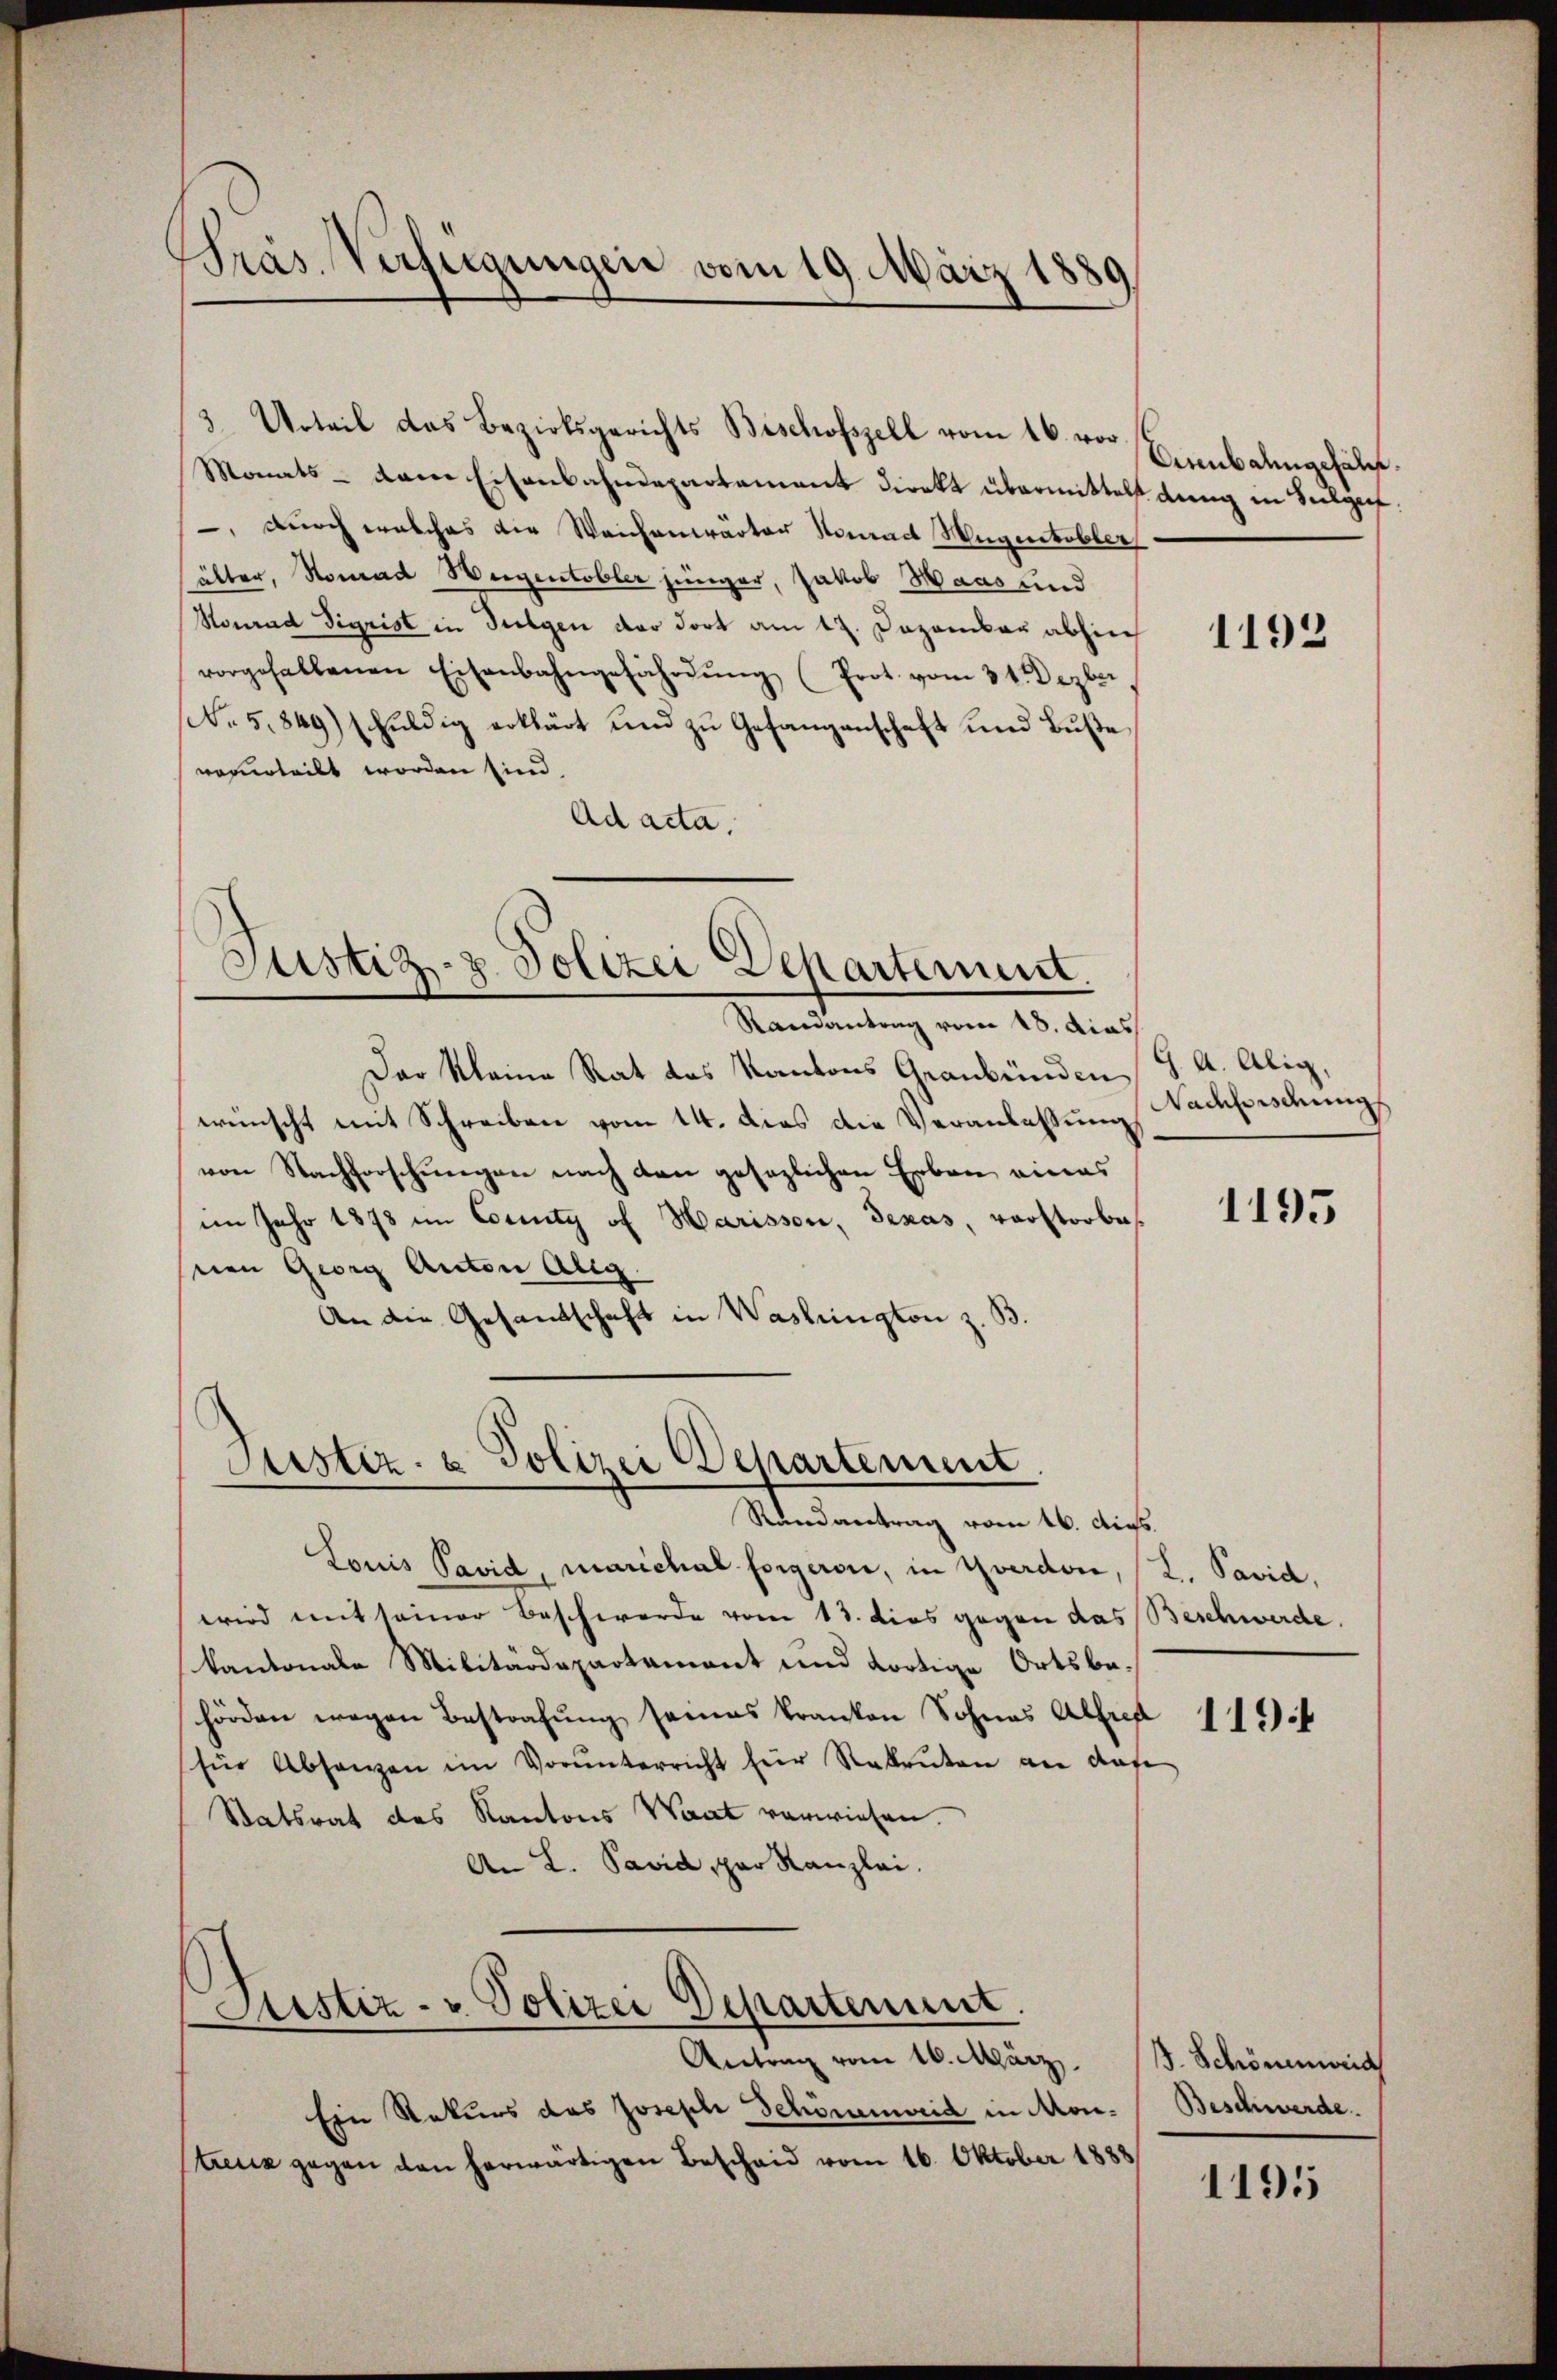
Präs. Verfügungen vom 19. März 1889

Monats- dem Eisenbahndepartament direkt übermittelst dieng in Seelgef:
 durch welches die Weichenwärter Konrad Hugentobler
älter, Konrad Weigentobler jünger, Jakob Haas und
Konrad Sigrist in Sulgen der dort am 12. Dezember abhiech
vorgehaltenen Eisenbahngefährdŭng (Prot. vom 31. Dezber,
.5.849) schuldig erklärt und zu Gefangenschaft und Buße
verurteilt worden sind,
Ad acta.

Justiz- u. Polizei Departement.

Justiz- & Polizei Departement

Justiz- u. Polizei Departement.

3 Urteil das Bezirksgerichts Beschofszell vom 16. vor.

Randantrag vom 18. dies
Der Kleine Rat des Kantons Graubünden J. A. Alig
wünscht mit Schreiben vom 14. dies die Veranlassung Nachforschung
von Nachforschungen nach den gesezlichen Erben eines
im Jahr 1878 im County of Marisson, Texas, verstorbes
nen Georg Anton Aug.
An die Gesandschaft in Washington z. B.

Ein Rekurs das Joseph Schönenweid in Mon. Beschwerde.
Streuz gegen den herwärtigen Bescheid vom 16. Oktober 1888

Aenbahngehält.

Rundantrag vom 16. ds.
Louis Pavid, marichal sorgeron, in Yverdon, 2. Pavia,
wird mit seiner Beschwerde vom 13. dies gegen das Beschwerde.
kantonale Militärdepartament und dortige Ortsbehörden wegen Bestrafung seines Kranken Sohnes Albret
für Absanzen im Vorunterricht für Rekruten an das
Statsrat des Kantons Waat verwiesen.
An L. Pavid, par Kanzlei.

1192

1195

1194

Antrag vom 16. März. B. Schönenweid

1195